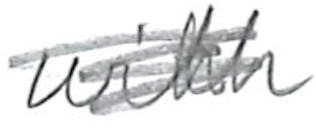
Text: with
Cross-out: scratch
Writing tool: pencil